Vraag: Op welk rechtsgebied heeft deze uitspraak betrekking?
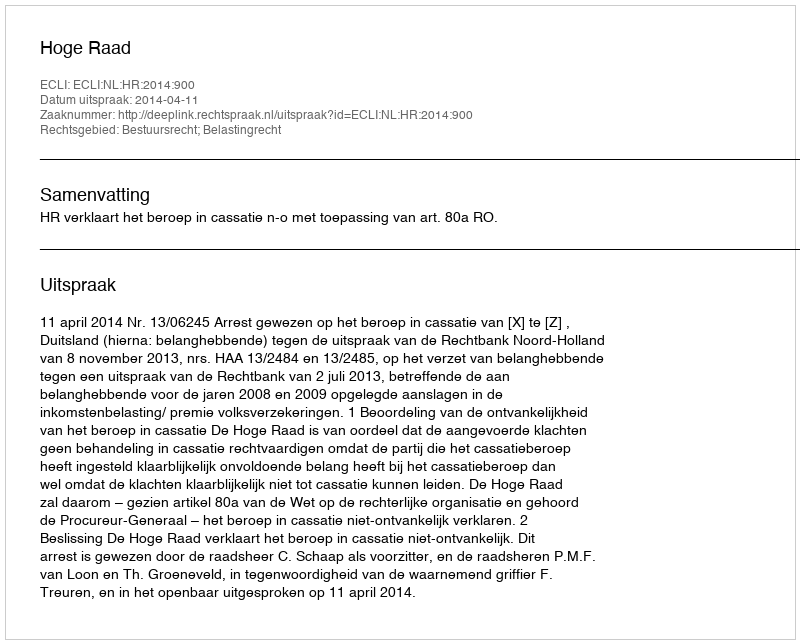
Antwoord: Bestuursrecht; Belastingrecht